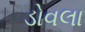
ડોવલા